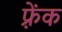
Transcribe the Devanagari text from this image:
फ़्रेंक